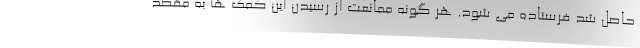
حاصل شد فرستاده می شود. هر گونه ممانعت از رسیدن این کمک ها به مقصد